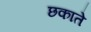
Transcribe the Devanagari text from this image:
छकाते